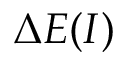
\Delta E ( I )